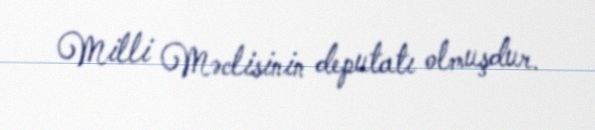
Milli Məclisinin deputatı olmuşdur.